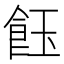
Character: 𩚽